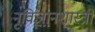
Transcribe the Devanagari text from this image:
नृविज्ञानशास्त्री